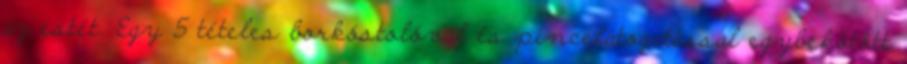
az estét. Egy 5 tételes borkóstolóval és pincelátogatással egybekötött